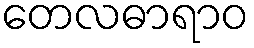
တေလဓာရာဝ